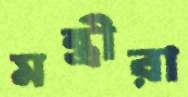
মন্ত্রীরা